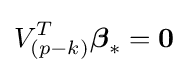
V_{(p-k)}^{T}{\boldsymbol {\beta }}_{*}=\mathbf {0}